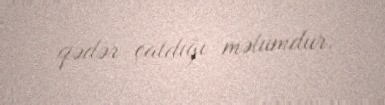
qədər çatdığı məlumdur.